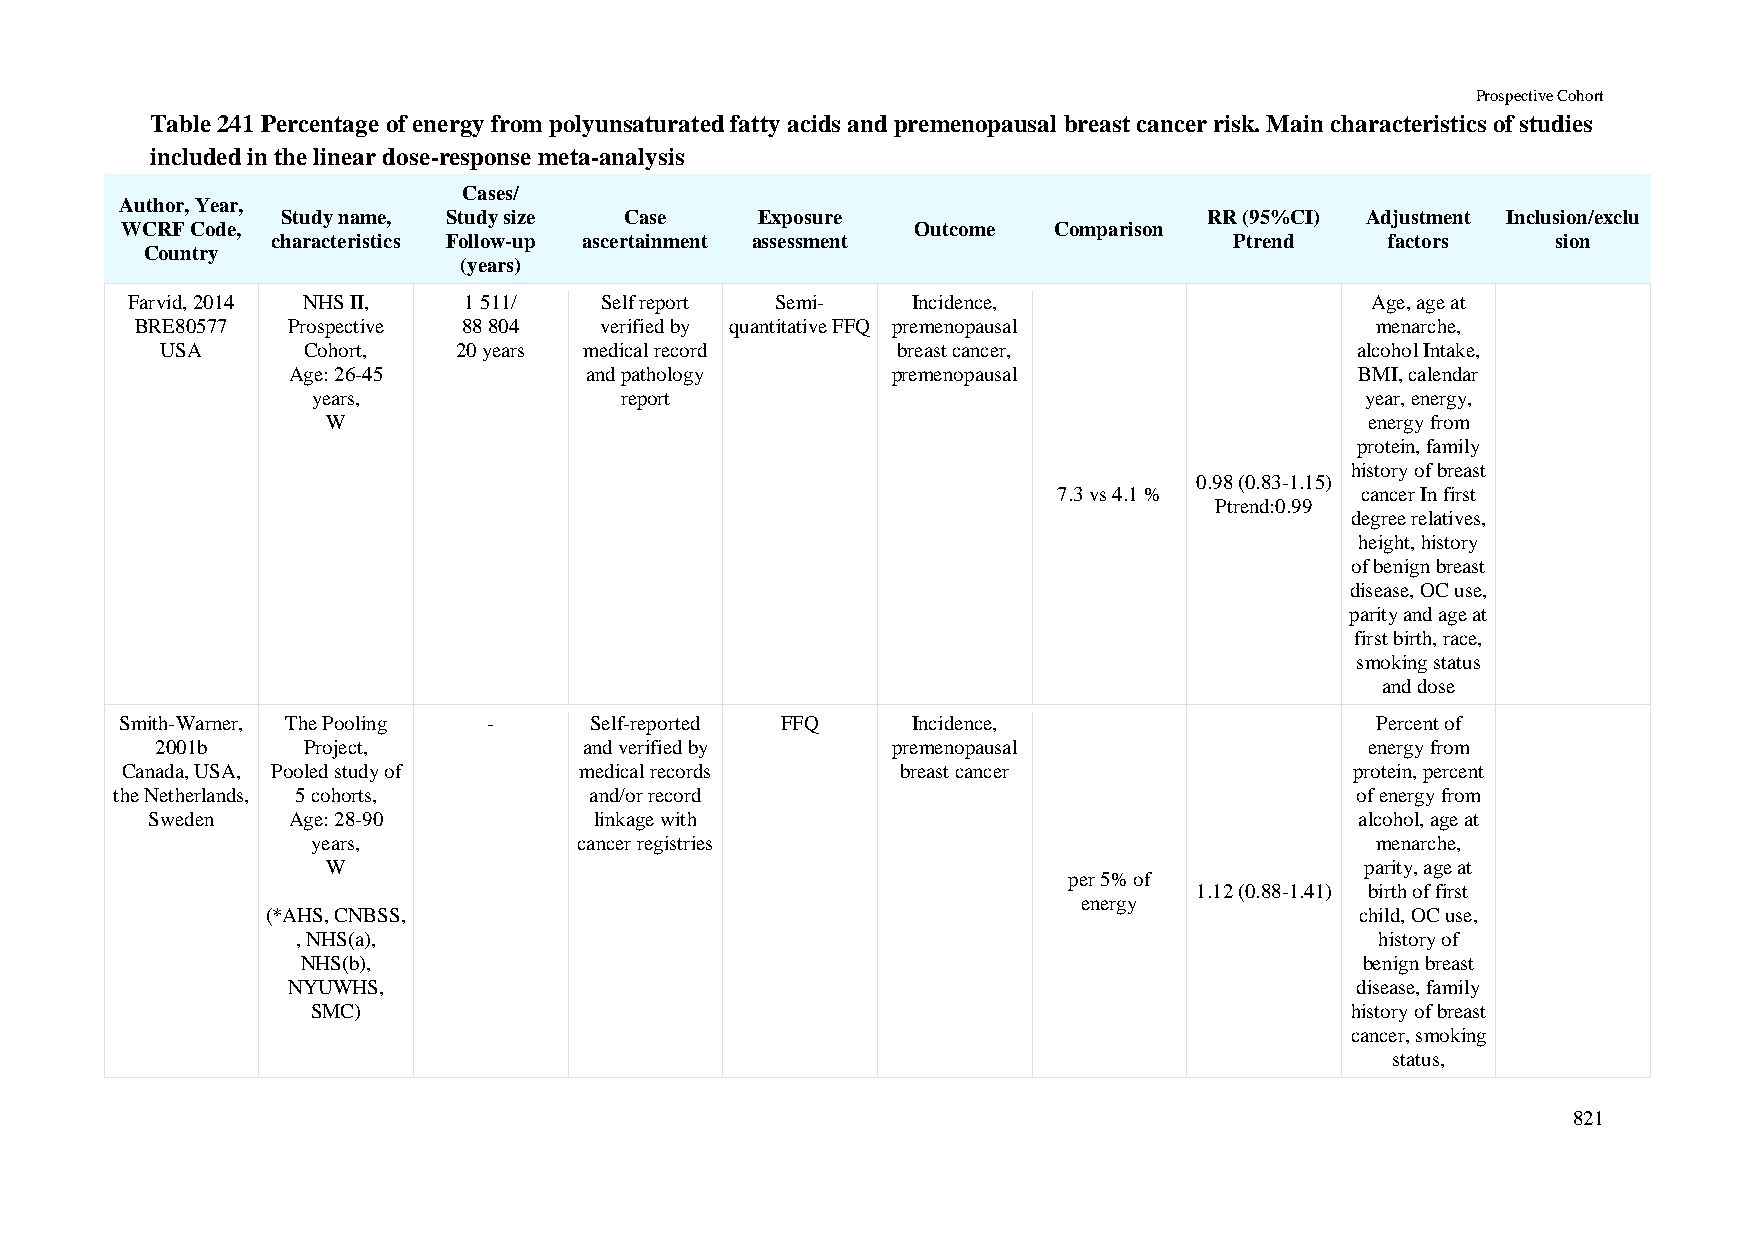
Prospective Cohort
 Table 241 Percentage of energy from polyunsaturated fatty acids and premenopausal breast cancer risk. Main characteristics of studies
 included in the linear dose-response meta-analysis
 Cases/
 Author, Year,
 Study name, Study size Case    Exposure                      RR (95%CI) Adjustment Inclusion/exclu
 WCRF Code,                                           Outcome  Comparison
 characteristics Follow-up ascertainment assessment              Ptrend    factors    sion
 Country
 (years)
 Farvid, 2014 NHS II,   1 511/   Self report Semi-   Incidence,                     Age, age at
 BRE80577  Prospective 88 804   verified by quantitative FFQ premenopausal         menarche,
 USA      Cohort,   20 years medical record      breast cancer,                 alcohol Intake,
 Age: 26-45          and pathology       premenopausal                  BMI, calendar
 years,              report                                           year, energy,
 W                                                                    energy from
 protein, family
 history of breast
 0.98 (0.83-1.15)
 7.3 vs 4.1 %        cancer In first
 Ptrend:0.99
 degree relatives,
 height, history
 of benign breast
 disease, OC use,
 parity and age at
 first birth, race,
 smoking status
 and dose
 Smith-Warner, The Pooling -    Self-reported FFQ    Incidence,                     Percent of
 2001b     Project,           and verified by     premenopausal                   energy from
 Canada, USA, Pooled study of  medical records       breast cancer                 protein, percent
 the Netherlands, 5 cohorts,    and/or record                                      of energy from
 Sweden   Age: 28-90          linkage with                                       alcohol, age at
 years,           cancer registries                                    menarche,
 W                                                                   parity, age at
 per 5% of
 1.12 (0.88-1.41) birth of first
 energy
 (*AHS, CNBSS,                                                           child, OC use,
 , NHS(a),                                                              history of
 NHS(b),                                                               benign breast
 NYUWHS,                                                                disease, family
 SMC)                                                                history of breast
 cancer, smoking
 status,
 821